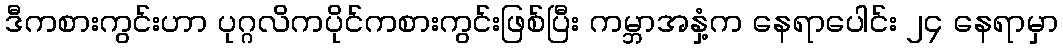
ဒီကစားကွင်းဟာ ပုဂ္ဂလိကပိုင်ကစားကွင်းဖြစ်ပြီး ကမ္ဘာအနှံ့က နေရာပေါင်း ၂၄ နေရာမှာ